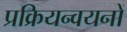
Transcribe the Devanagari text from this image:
प्रक्रियन्वयनों